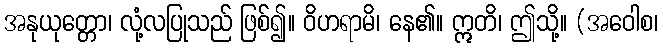
အနုယုတ္တော၊ လုံ့လပြုသည် ဖြစ်၍။ ဝိဟရာမိ၊ နေ၏။ ဣတိ၊ ဤသို့။ (အဝေါစ၊